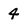
Character: 4